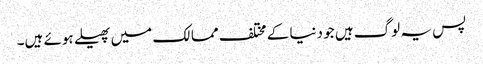
پس یہ لوگ ہیں جو دنیا کے مختلف ممالک میں پھیلے ہوئے ہیں۔